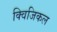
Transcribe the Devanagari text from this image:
क्विजिकल